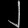
Digit: ၂